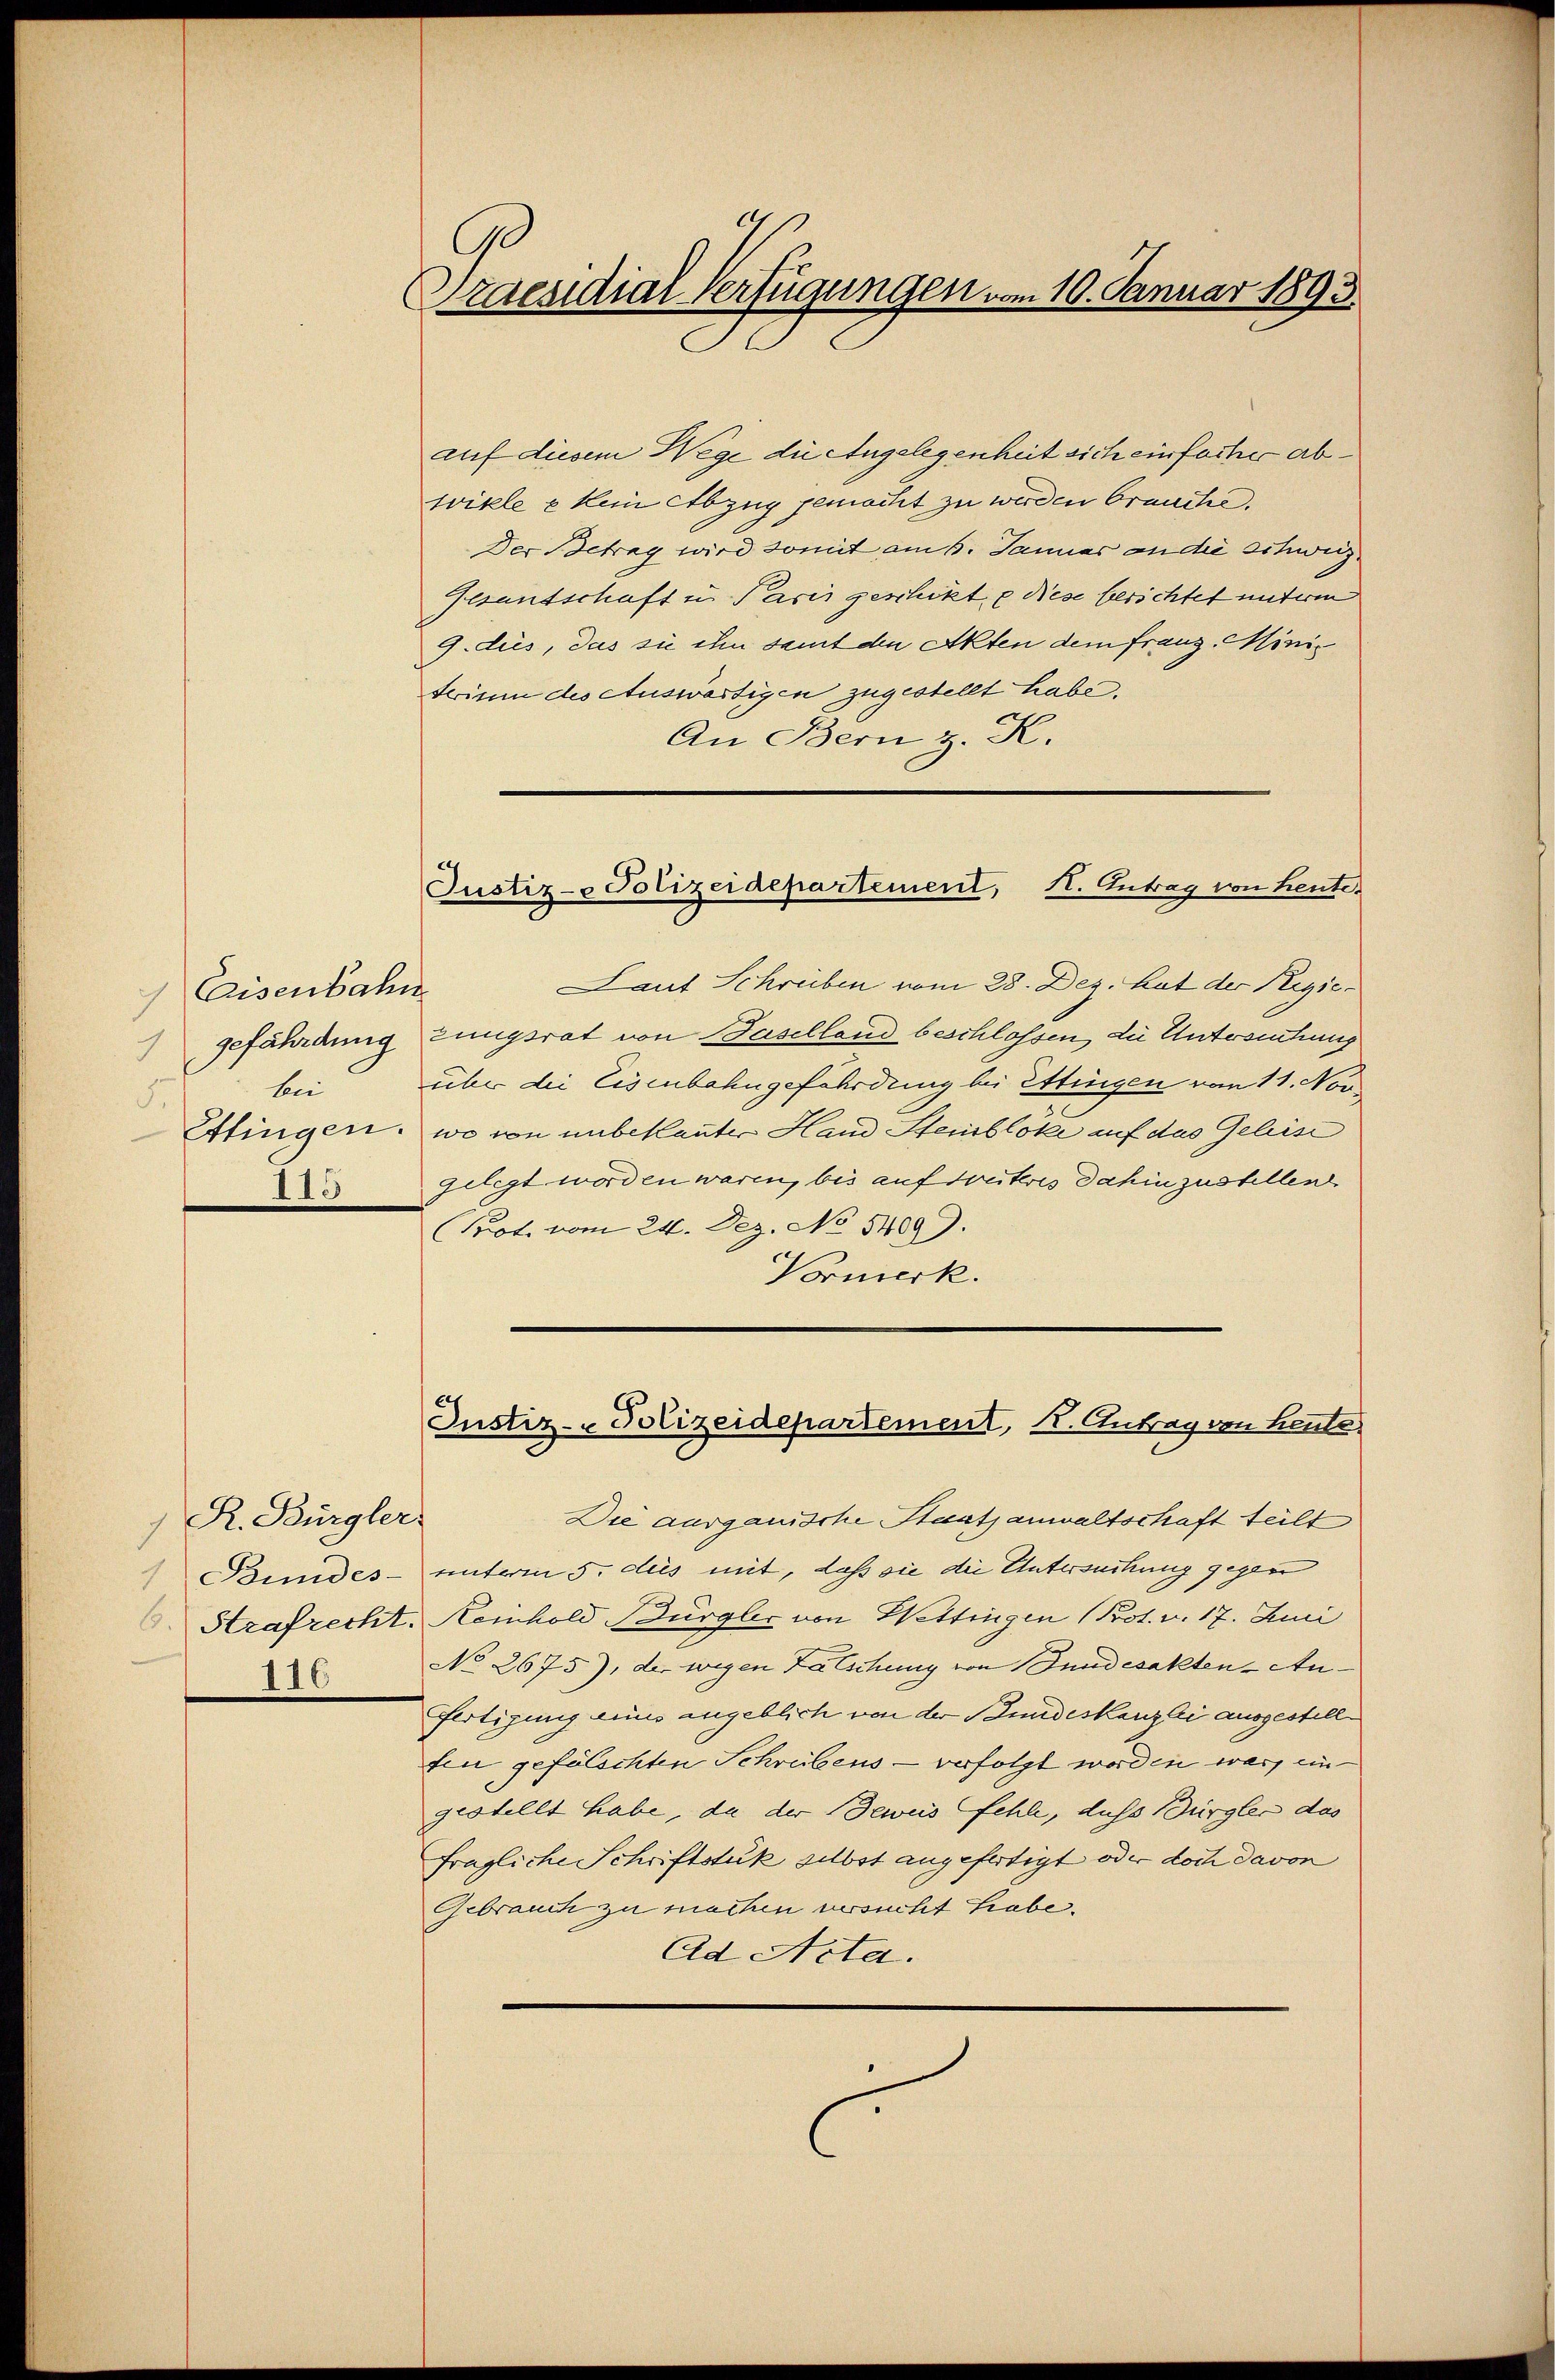
Caisenbahn
gefährdung
bii
3.
I15

) R. Bürgler
I16

90
Praesidial-Verfügungen vom 10. Januar 1893.

auf diesem Wege die Angelegenheit sich einfache abwikle e kein Abzug gemacht zu werden brauche.
Der Betrag wird somit am 6. Januar an die Schweiz
Gesandschaft in Paris geschikte diese berichtet unterm
9. dies, das sie ihn samt den Akten dem franz Minis
terium des Auswärtigen zugestellt habe,
An Bern z. K.
Justiz- & Polizeidepartement, H. Antrag von heute.
Laut Schreiben vom 28. Dez. hat der Regiezungsrat von Baselland beschlossen, die Untersuchung
über die Eisenbahngefährdung bei Ettingen vom 11. Nov
Ettingen, wo von unbekannter Hand Steinbloke auf das Geleise
gelegt worden waren, bis auf treiteres dahinzustellen
(Pot. vom 24. Dez. No 5409).
Vormerk.

Justiz- Polizeidepartement, K. Antrag von heute

Die ausgauische Staatsanwaltschaft teilt
Bundes- unterm 5. des mit, daß sie die Untersuchung gegen
Strafrecht. Keinhold Bürgler von Wettingen (Prot. v. 17. Juni
No 2675), der wegen Lätschung von Sundesakten-Anfertigung eines angeblich von der Stundeskanzlei ausgestell
ten gefälschten Schreibens - verfolgt worden war, eingestellt habe, da der Beweis fehle, dass Bürgler das
fragliche Schriftstük selbst angefertigt oder doch davon
Gebrauch zu machen versucht habe.
Ad Acta.